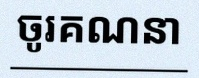
ចូរគណនា